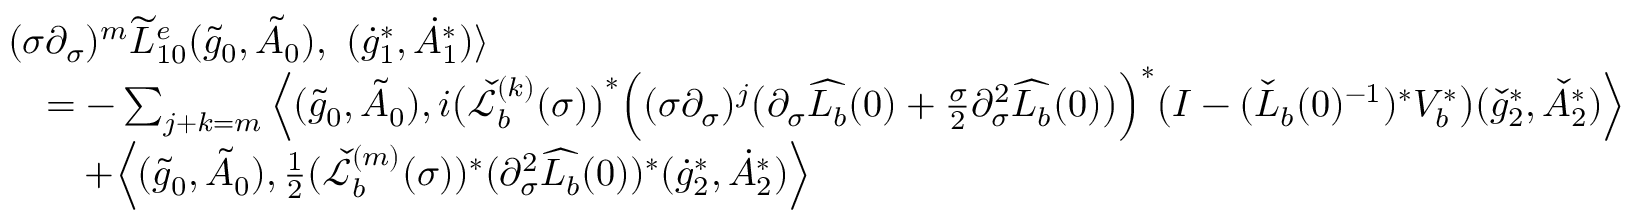
\begin{array} { r l } & { ( \sigma \partial _ { \sigma } ) ^ { m } \widetilde { L } _ { 1 0 } ^ { e } ( \tilde { g } _ { 0 } , \tilde { A } _ { 0 } ) , \ ( \dot { g } _ { 1 } ^ { * } , \dot { A } _ { 1 } ^ { * } ) \rangle } \\ & { \quad = - \sum _ { j + k = m } \Big \langle ( \tilde { g } _ { 0 } , \tilde { A } _ { 0 } ) , i \big ( \check { \mathcal { L } } _ { b } ^ { ( k ) } ( \sigma ) \big ) ^ { * } \Big ( ( \sigma \partial _ { \sigma } ) ^ { j } \big ( \partial _ { \sigma } \widehat { L _ { b } } ( 0 ) + \frac { \sigma } { 2 } \partial _ { \sigma } ^ { 2 } \widehat { L _ { b } } ( 0 ) \big ) \Big ) ^ { * } \big ( I - ( \check { L } _ { b } ( 0 ) ^ { - 1 } ) ^ { * } V _ { b } ^ { * } \big ) ( \check { g } _ { 2 } ^ { * } , \check { A } _ { 2 } ^ { * } ) \Big \rangle } \\ & { \quad \quad + \Big \langle ( \tilde { g } _ { 0 } , \tilde { A } _ { 0 } ) , \frac { 1 } { 2 } ( \check { \mathcal { L } } _ { b } ^ { ( m ) } ( \sigma ) ) ^ { * } ( \partial _ { \sigma } ^ { 2 } \widehat { L _ { b } } ( 0 ) ) ^ { * } ( \dot { g } _ { 2 } ^ { * } , \dot { A } _ { 2 } ^ { * } ) \Big \rangle } \end{array}